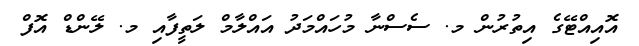
އޮއިއްޓޭގެ އިތުރުން މ. ސެސްނާ މުހައްމަދު އައްލާމް ލަތީފާއި މ. ލޭންޑް އޮފް